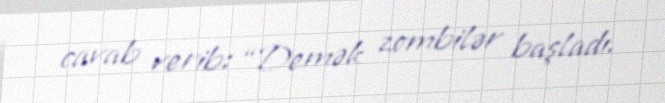
cavab verib: “Demək zombilər başladı.